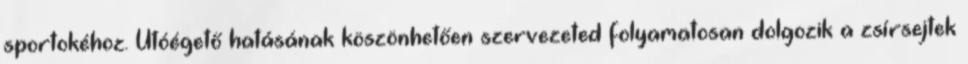
sportokéhoz. Utóégető hatásának köszönhetően szervezeted folyamatosan dolgozik a zsírsejtek